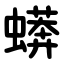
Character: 蠎